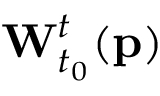
\mathbf { W } _ { t _ { 0 } } ^ { t } ( \mathbf { p } )